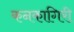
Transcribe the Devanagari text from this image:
कनकागिरी